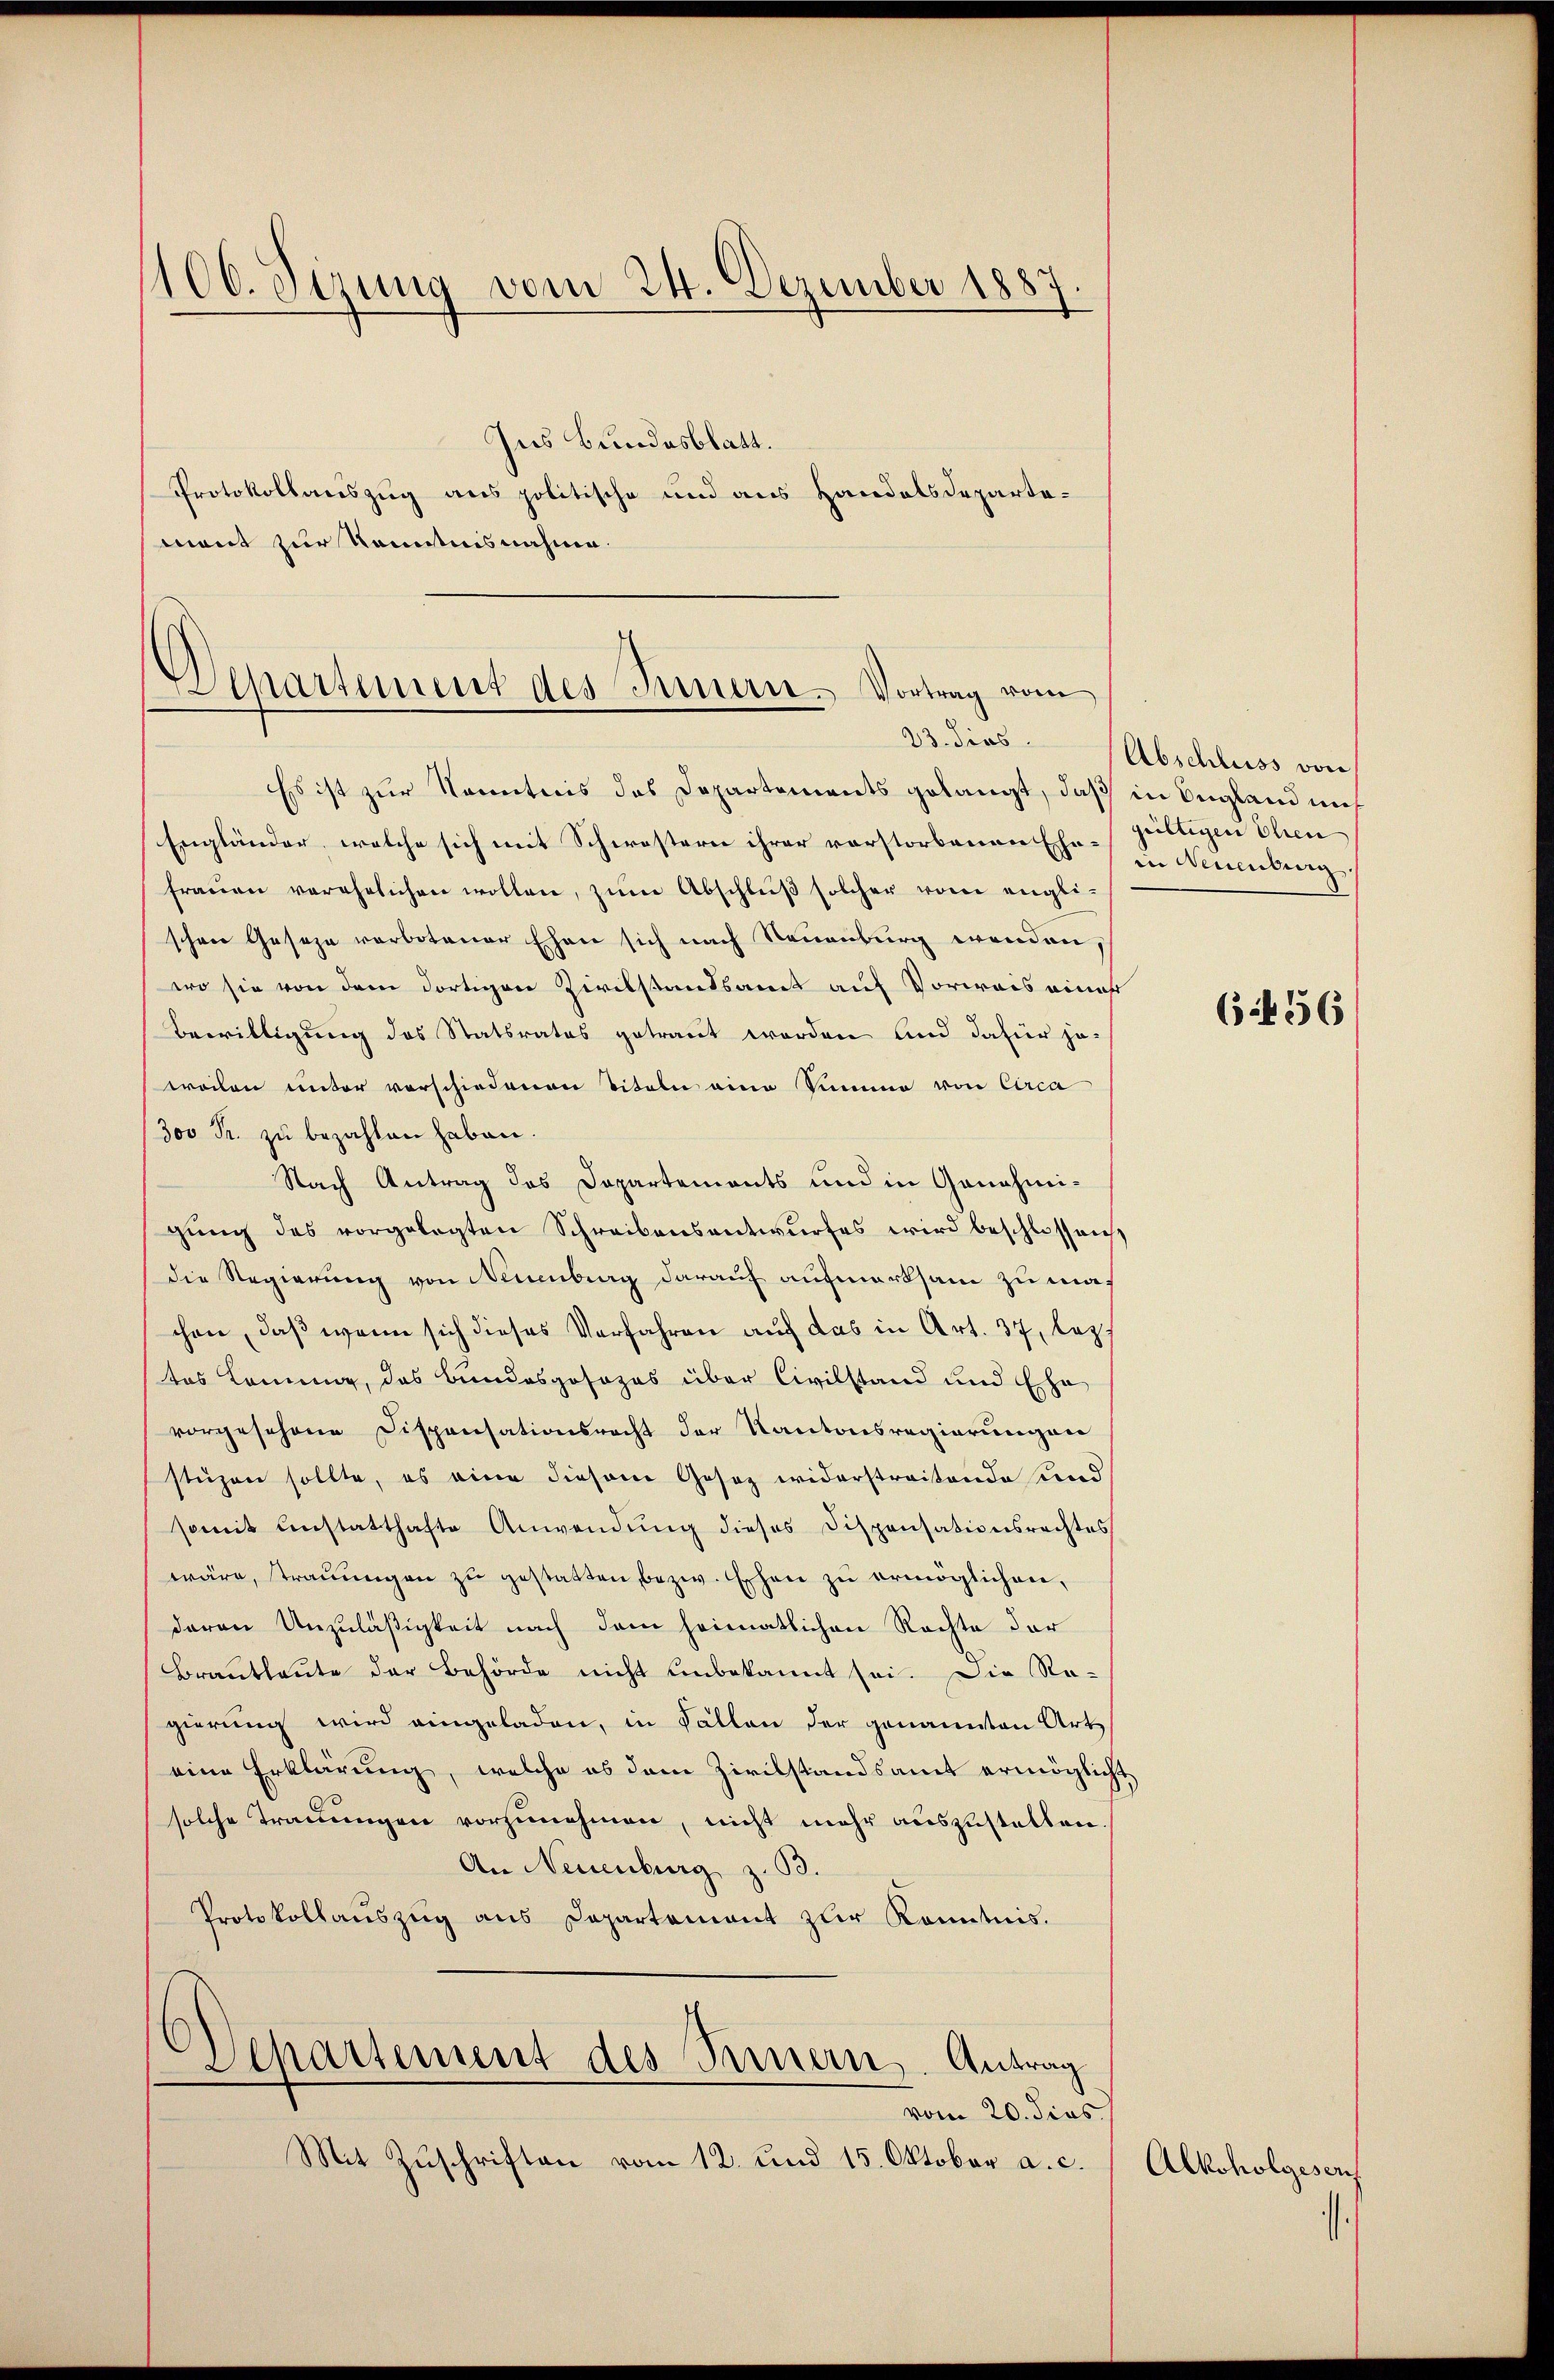
100. Sizung vom 24. Dezember 1887.

Departement des Innern. Vortrag vom
23. dies

Ins Bundesblatt.
Protokollauszug aus politische und aus Handelsdepartemont zur Kenntnisnahme.

Es ist zur Kenntnis des Departements gelangt, daß in England mit
Engländer, welche sich mit Schwestern ihrer verstorbenen Ehe-gültigen Ehen
fraŭen verehelichen wollen, zŭm Abschlŭβ solcher vom engli-
schen Geseze verbotener Ehen sich nach Neuenburg wenden,
wo sie von dem dortigen Zivilstandsamt auf Vorweis einer
Bewilligung des Statsrates getraut worden und dafür jeweilen unter vorschiedenen Titeln eine Summe von Circa
300 Fr. zu bezahlen haben.
Nach Antrag des Dapartements und in Genehmigŭng des vorgelegten Schreibensantwŭrfes wird beschlossen
die Regierung von Neuenburg darauf aufmerksam zu machen, daß wenn sich dieses Verfahren auf das in Art. 37, lez
tos Commung, das Bundesgosozas über Civilstand und Ehe
vorgesehene Dispensationsrecht der Kantonsregierungen
stüzen sollte, es eine diesem Gesez widerstreitende und
somit anstatthafte Anwendŭng dieses Dispensationsrechtes
wäre, trauungen zu gestatten bezw. Eschen zu ermöglichen,
deren Unzuläßigkeit nach dem heimatlichen Rechte der
Brautleute der Behörde nicht unbekannt sei. Die Re-
gierung wird eingeladen, in Fällen der genannten Art
eine Erklärung, welche ob dem Zivilstandsamt ermöglicht
solche Trauungen vorzunehmen, nicht mehr auszustellen.
An Neuenburg z. B.
Protokollauszug aus Departement zur Kenntnis.
Departement des Bernern. Antrag
vom 20. dies
Mit Zuschriften vom 12. und 15. Oktober a. c.

Abschluss von
in Muenberg.

(if 56

Alkoholgesen